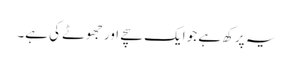
یہ پرکھ ہے جو ایک سچے اور جھوٹے کی ہے۔